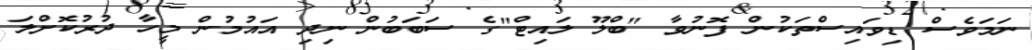
ނަމަވެސް ޑިވައިސްތަކުން ފޮނުވާ "ބްލޫ ލައިޓް"ގެ ސަބަބުން ނިދި އައުމުން މީހާ ދުރުކޮށްލަ